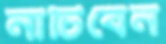
নাচিবেন